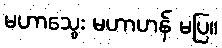
မဟာသွေး မဟာဟန် မပြ။